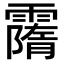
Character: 𩅡